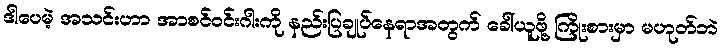
ဒါပေမဲ့ အသင်းဟာ အာစင်ဝင်းဂါးကို နည်းပြချုပ်နေရာအတွက် ခေါ်ယူဖို့ ကြိုးစားမှာ မဟုတ်ဘဲ